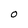
Character: o